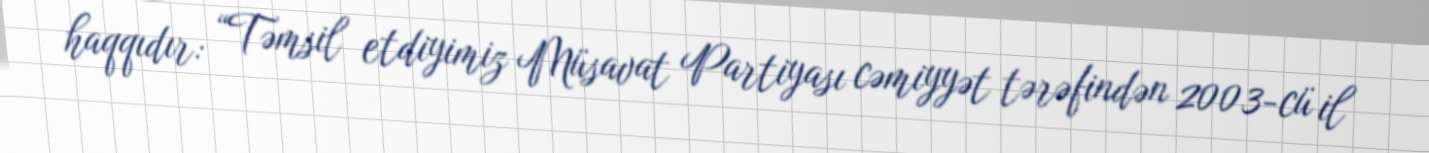
haqqıdır: “Təmsil etdiyimiz Müsavat Partiyası cəmiyyət tərəfindən 2003-cü il